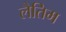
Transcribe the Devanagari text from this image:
लैतिम